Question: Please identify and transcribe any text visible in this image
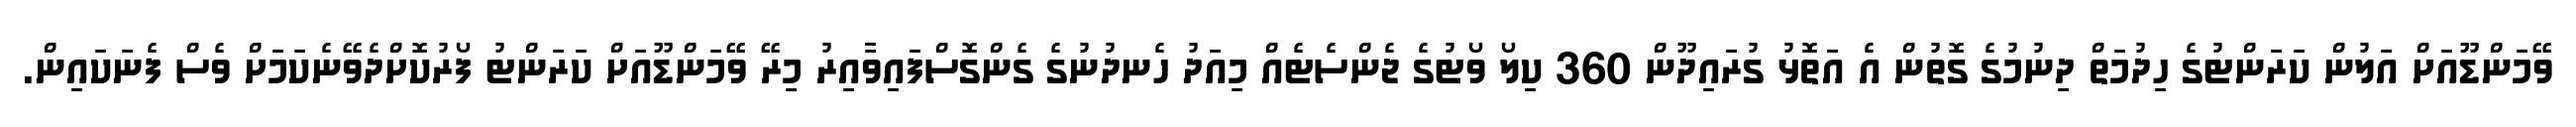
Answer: ވޭމަންޑޫއަށް އަލުން ކަރަންޓުގެ ހިދުމަތް ދިނުމުގެ ގޮތުން އެ އަތޮޅު ގުރައިދޫން 360 ކިލޯ ވޯޓުގެ ޖެންސެޓެއް މިއަދު ހެނދުނުގެ ގެންގޮސްފައިވާއިރު މިރޭ ވޭމަންޑޫއަށް ކަރަންޓު ފޯރުކޮށްދެވޭނެކަމަށް ވެސް ފެނަކައިން.